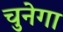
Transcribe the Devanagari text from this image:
चुनेगा